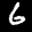
Label: 6